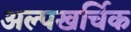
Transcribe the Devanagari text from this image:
अल्पखर्चिक